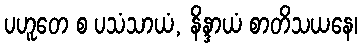
ပဟူတေ စ ပသံသာယံ, နိန္ဒာယံ စာတိသယနေ၊